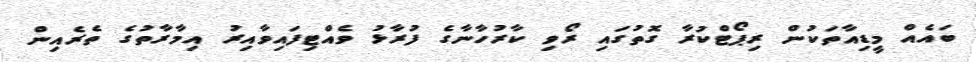
ބައެއް މީޑިއާތަކުން ރިޕޯޓްކުރާ ގޮތުގައި ރޯވި ކާރުހާނާގެ ފުރާޅު ވެއްޓިފައިވާއިރު އިމާރާތުގެ ތެރެއިން